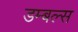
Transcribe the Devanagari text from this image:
डम्बल्स